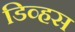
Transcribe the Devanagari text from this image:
डिव्हस